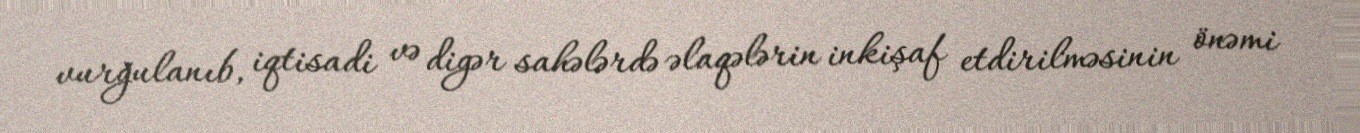
vurğulanıb, iqtisadi və digər sahələrdə əlaqələrin inkişaf etdirilməsinin önəmi